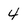
Character: 4